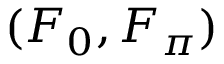
( F _ { 0 } , F _ { \pi } )